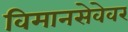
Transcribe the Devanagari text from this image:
विमानसेवेवर